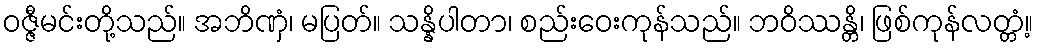
ဝဇ္ဇီမင်းတို့သည်။ အဘိဏှံ၊ မပြတ်။ သန္နိပါတာ၊ စည်းဝေးကုန်သည်။ ဘဝိဿန္တိ၊ ဖြစ်ကုန်လတ္တံ့။